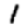
Digit: 1